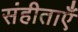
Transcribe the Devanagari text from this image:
संहीताएँ